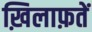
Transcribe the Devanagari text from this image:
ख़िलाफ़तें